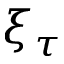
\xi _ { \tau }